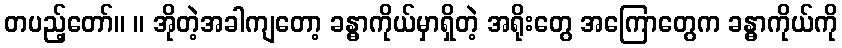
တပည့်တော်။ ။ အိုတဲ့အခါကျတော့ ခန္ဓာကိုယ်မှာရှိတဲ့ အရိုးတွေ အကြောတွေက ခန္ဓာကိုယ်ကို